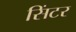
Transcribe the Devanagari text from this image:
सिंटर